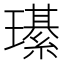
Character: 𤪌